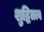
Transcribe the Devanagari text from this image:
शुद्धितत्व